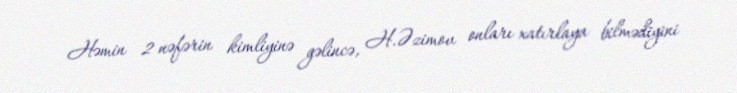
Həmin 2 nəfərin kimliyinə gəlincə, H.Əzimov onları xatırlaya bilmədiyini